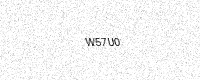
Text: W57U0